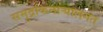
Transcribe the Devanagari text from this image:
समुद्रकिनार्‍यालगत